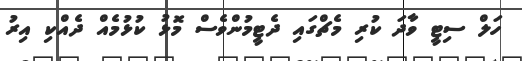
ހަލް ސިޓީ ވާދަ ކުރި މެޗްގައި ދެޓީމުންވެސް މޮޅު ކުޅުމެއް ދެއްކި އިރު